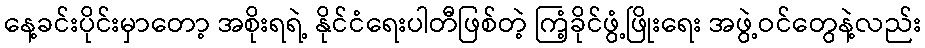
နေ့ခင်းပိုင်းမှာတော့ အစိုးရရဲ့ နိုင်ငံရေးပါတီဖြစ်တဲ့ ကြံ့ခိုင်ဖွံ့ဖြိုးရေး အဖွဲ့ဝင်တွေနဲ့လည်း